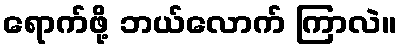
ရောက်ဖို့ ဘယ်လောက် ကြာလဲ။